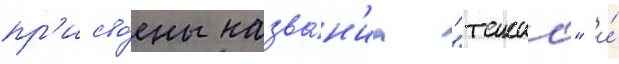
пр'исво́ены назва́н'иа "такао" и́